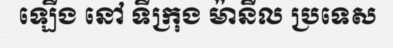
ឡើង នៅ ទីក្រុង ម៉ានីល ប្រទេស